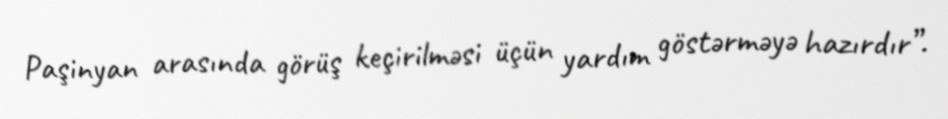
Paşinyan arasında görüş keçirilməsi üçün yardım göstərməyə hazırdır”.